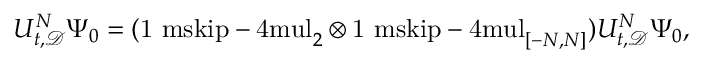
U _ { t , \mathcal { D } } ^ { N } \Psi _ { 0 } = ( { \mathchoice { \mathrm { 1 \ m s k i p - 4 m u l } } { \mathrm { 1 \ m s k i p - 4 m u l } } { \mathrm { 1 \ m s k i p - 4 . 5 m u l } } { \mathrm { 1 \ m s k i p - 5 m u l } } } _ { 2 } \otimes { \mathchoice { \mathrm { 1 \ m s k i p - 4 m u l } } { \mathrm { 1 \ m s k i p - 4 m u l } } { \mathrm { 1 \ m s k i p - 4 . 5 m u l } } { \mathrm { 1 \ m s k i p - 5 m u l } } } _ { [ - N , N ] } ) U _ { t , \mathcal { D } } ^ { N } \Psi _ { 0 } ,